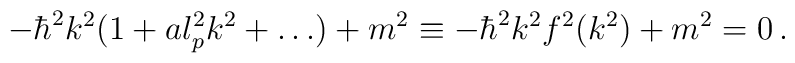
-\hbar^2 k^2 (1 + a l_{p}^{2} k^2 + \dots) + m^2 \equiv -\hbar^2 k^2 f^2(k^2) +m^2 =0 \, .